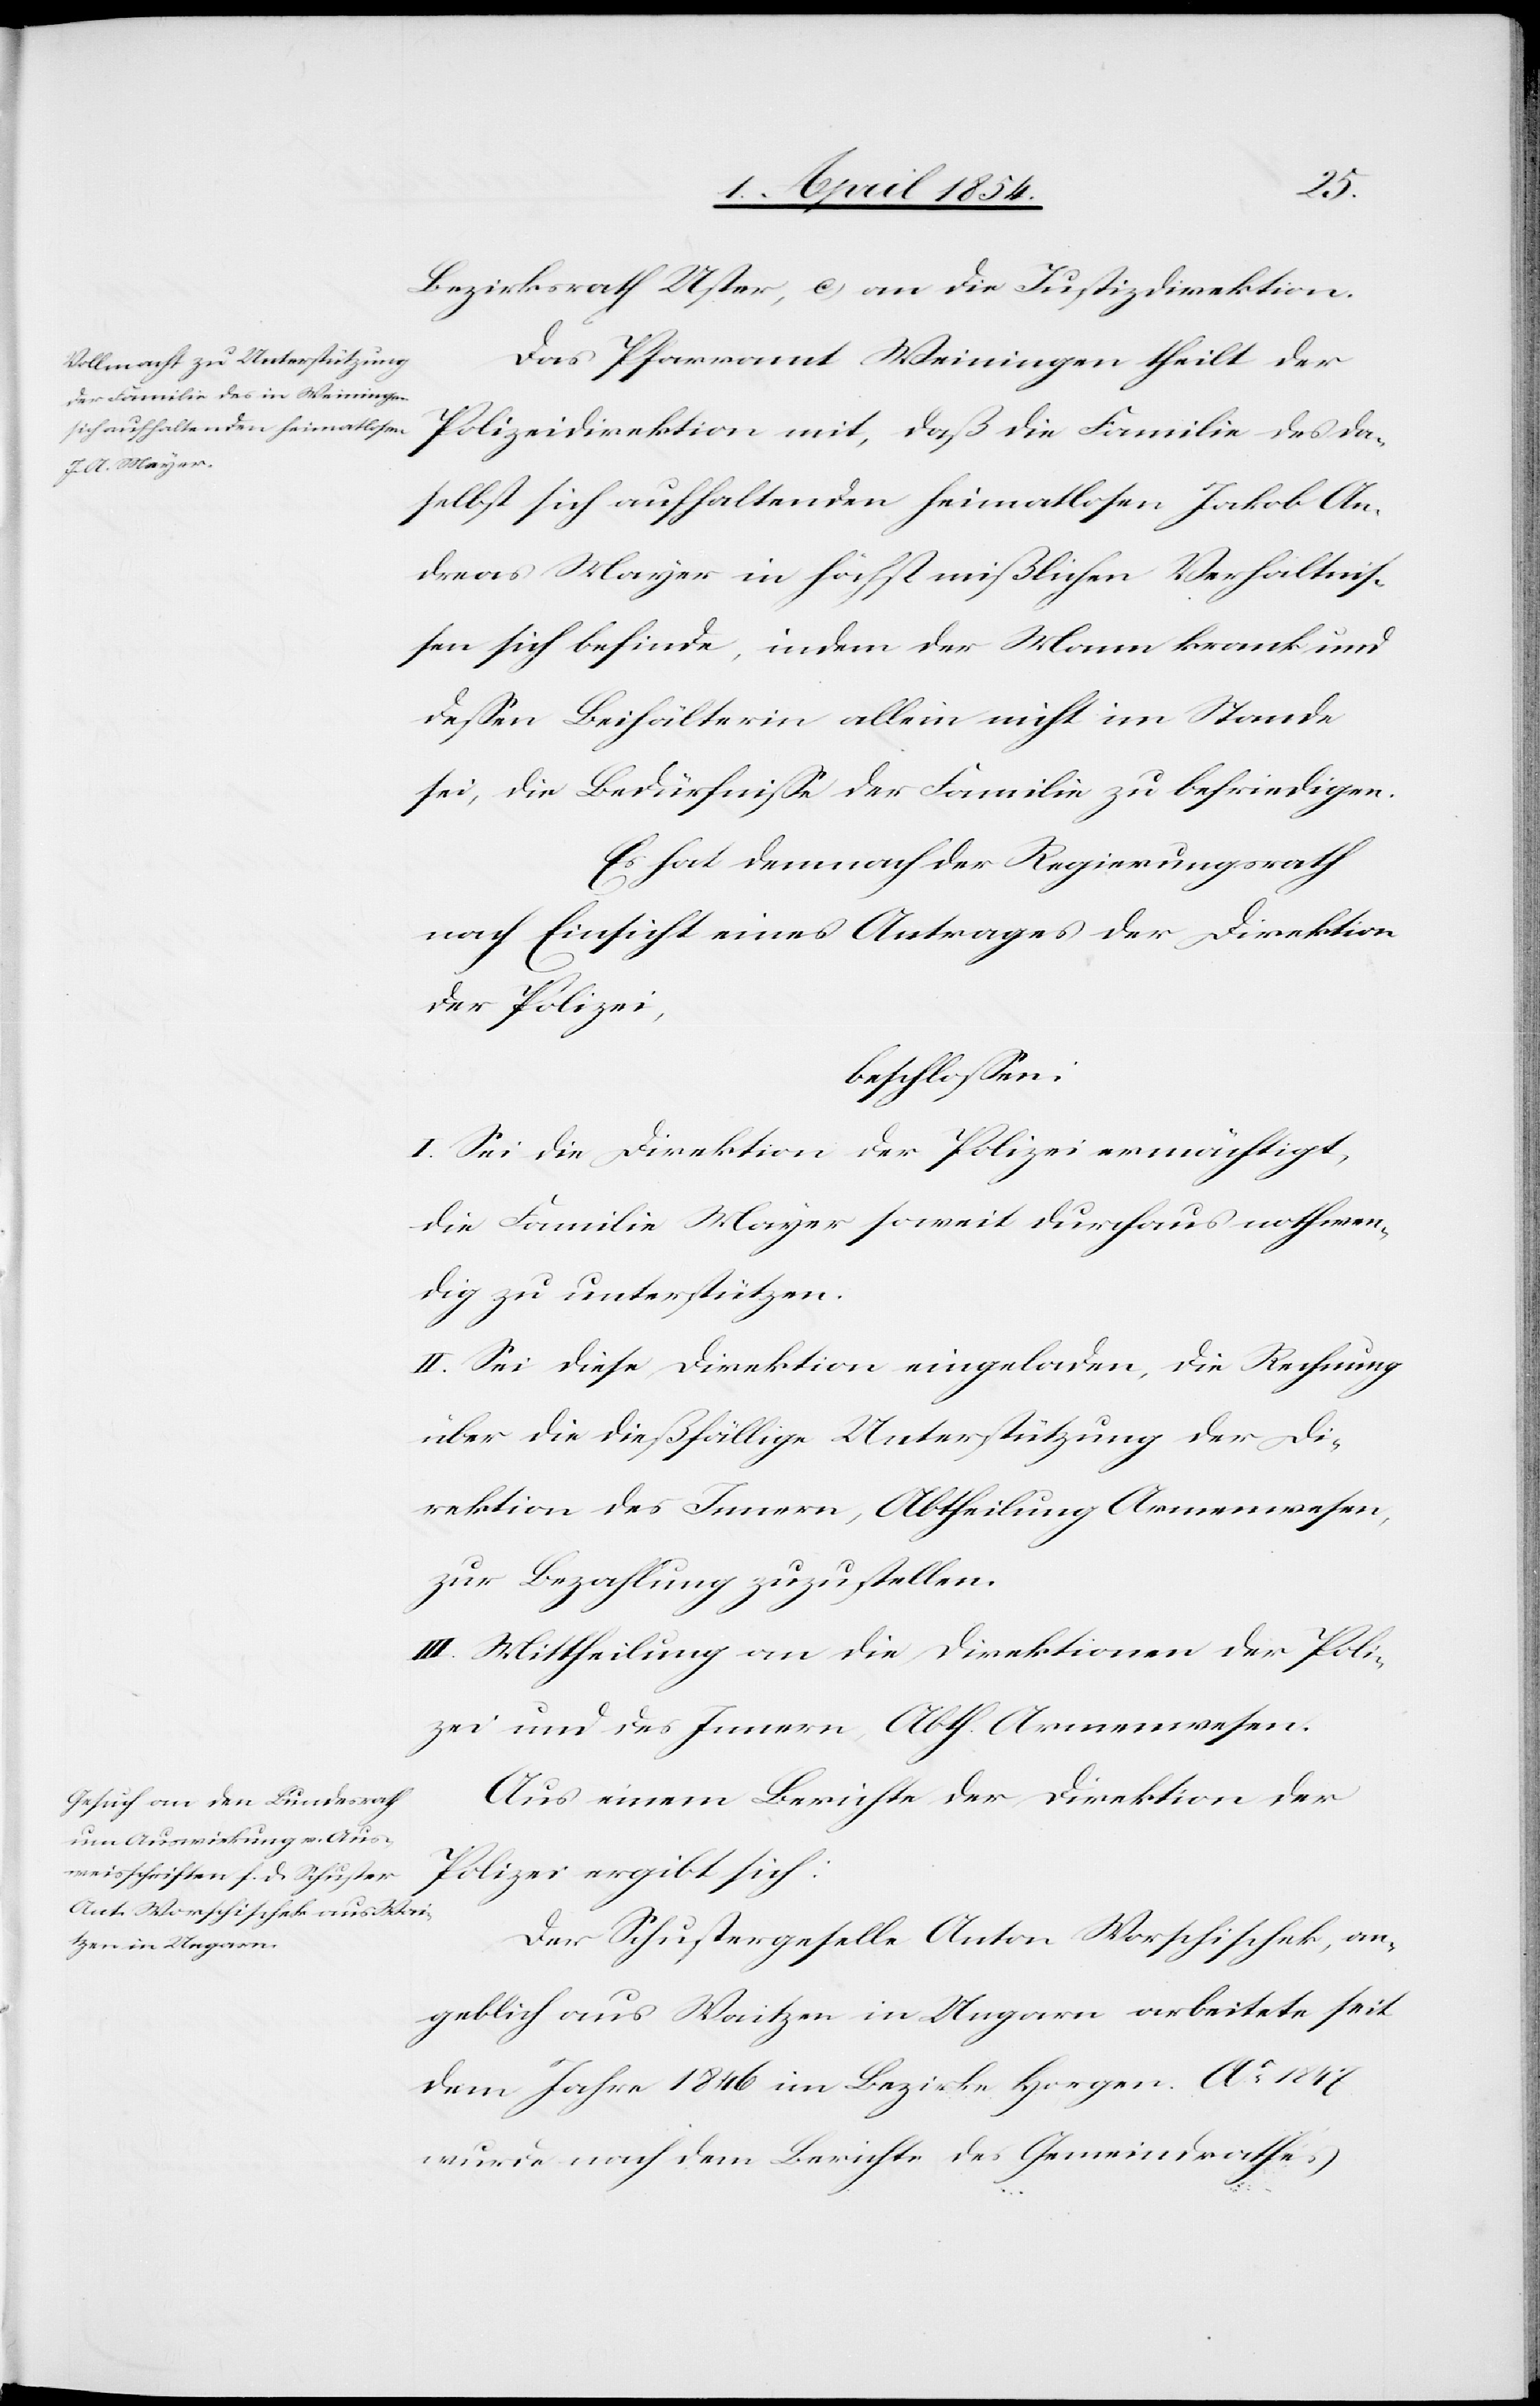
Bezirksrath Uster, c) an die Justizdirektion.
Das Pfarramt Weiningen theilt der
Polizeidirektion mit, daß die Familie des da¬
selbst sich aufhaltenden heimatlosen Jakob An¬
dreas Mayer in höchst mißlichen Verhältnis¬
sen sich befinde, indem der Mann krank und
deßen Beihälterin allein nicht im Stande
sei, die Bedürfniße der Familie zu befriedigen.
Es hat demnach der Regierungsrath
nach Einsicht eines Antrages der Direktion
der Polizei,
beschloßen:
I. Sei die Direktion der Polizei ermächtigt,
die Familie Mayer soweit durchaus nothwen¬
dig zu unterstützen.
II. Sei diese Direktion eingeladen, die Rechnung
über die dießfällige Unterstützung der Di¬
rektion des Innern, Abtheilung Armenwesen,
zur Bezahlung zuzustellen.
III. Mittheilung an die Direktionen der Poli¬
zei und des Innern, Abth. Armenwesen.
Aus einem Berichte der Direktion der
Polizei ergibt sich:
Der Schustergeselle Anton Worschischek, an¬
geblich aus Waitzen in Ungarn arbeitete seit
dem Jahre 1846 im Bezirke Horgen. Ao 1847
wurde nach dem Berichte des Gemeindrathes